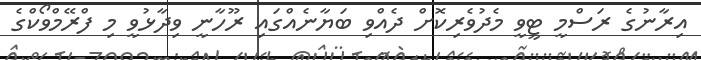
އިރާނުގެ ރަސްމީ ޓީވީ މެދުވެރިކޮށް ދެއްވި ބަޔާނެއްގައި ރޫހާނީ ވިދާޅުވީ މި ފްރޭމްވޯކްގެ